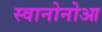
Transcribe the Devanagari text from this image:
स्वानोनोआ